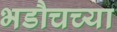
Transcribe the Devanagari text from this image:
भडौचच्या